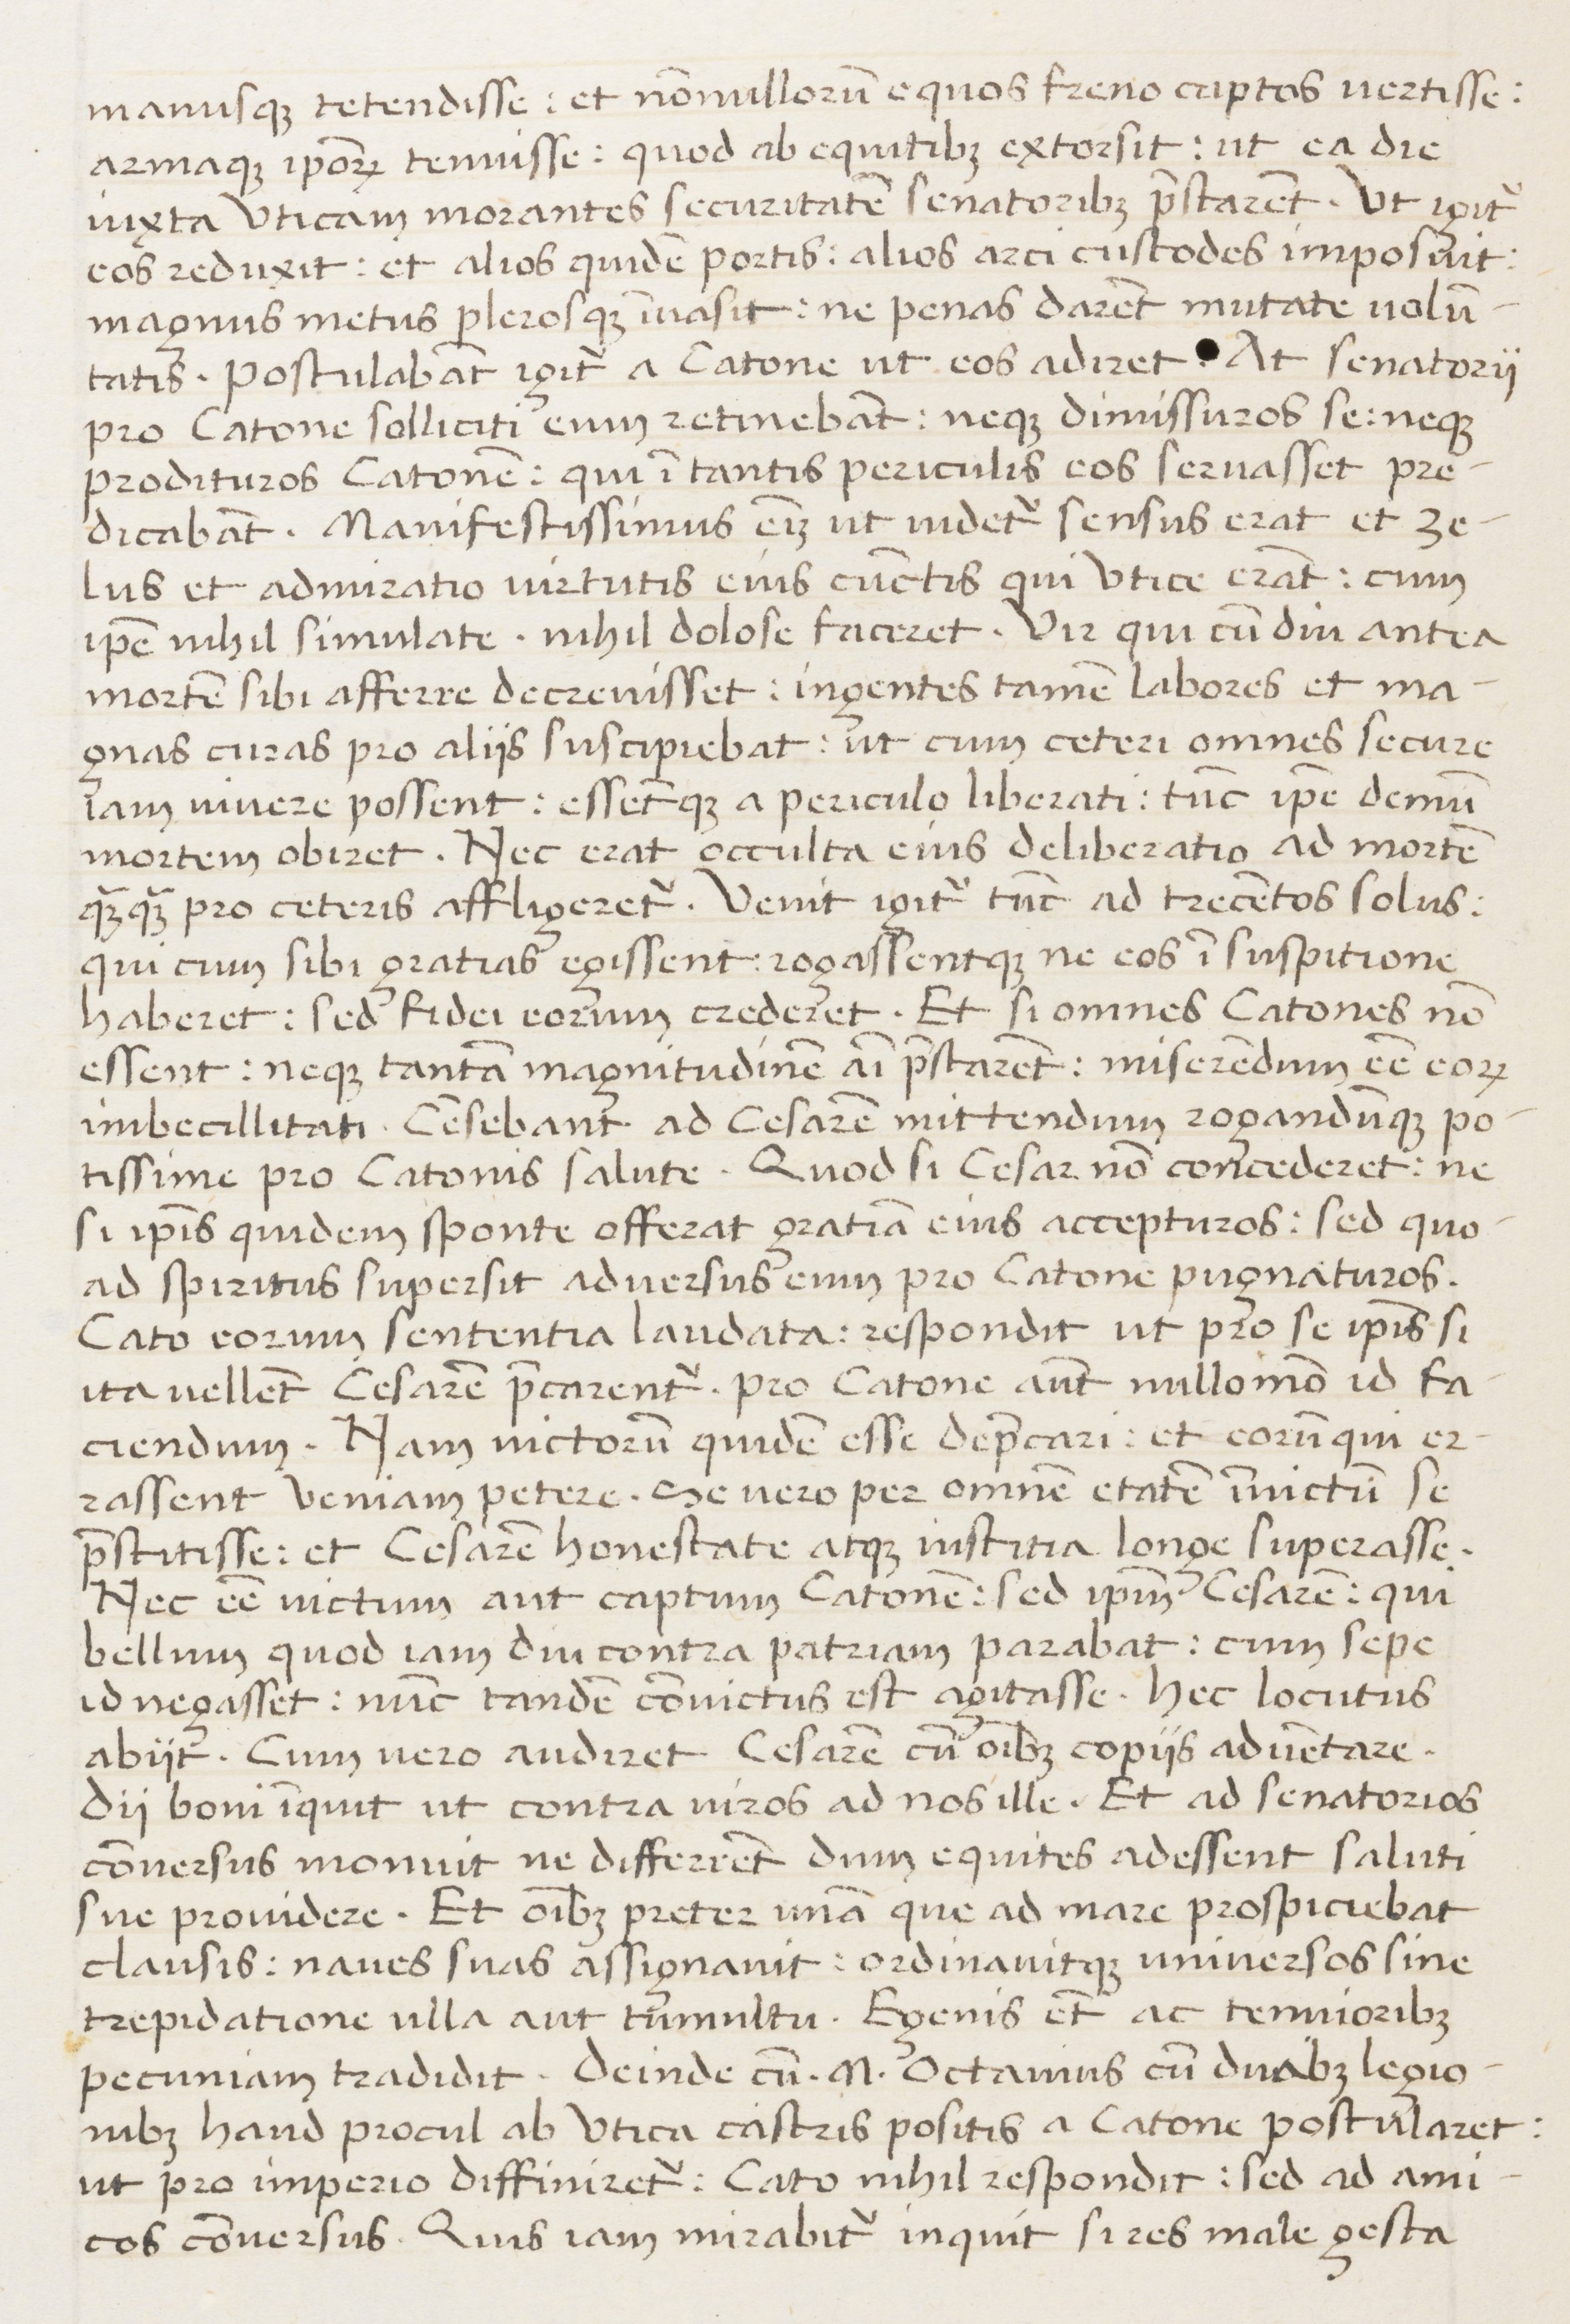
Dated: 1450–1474